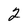
Character: 2